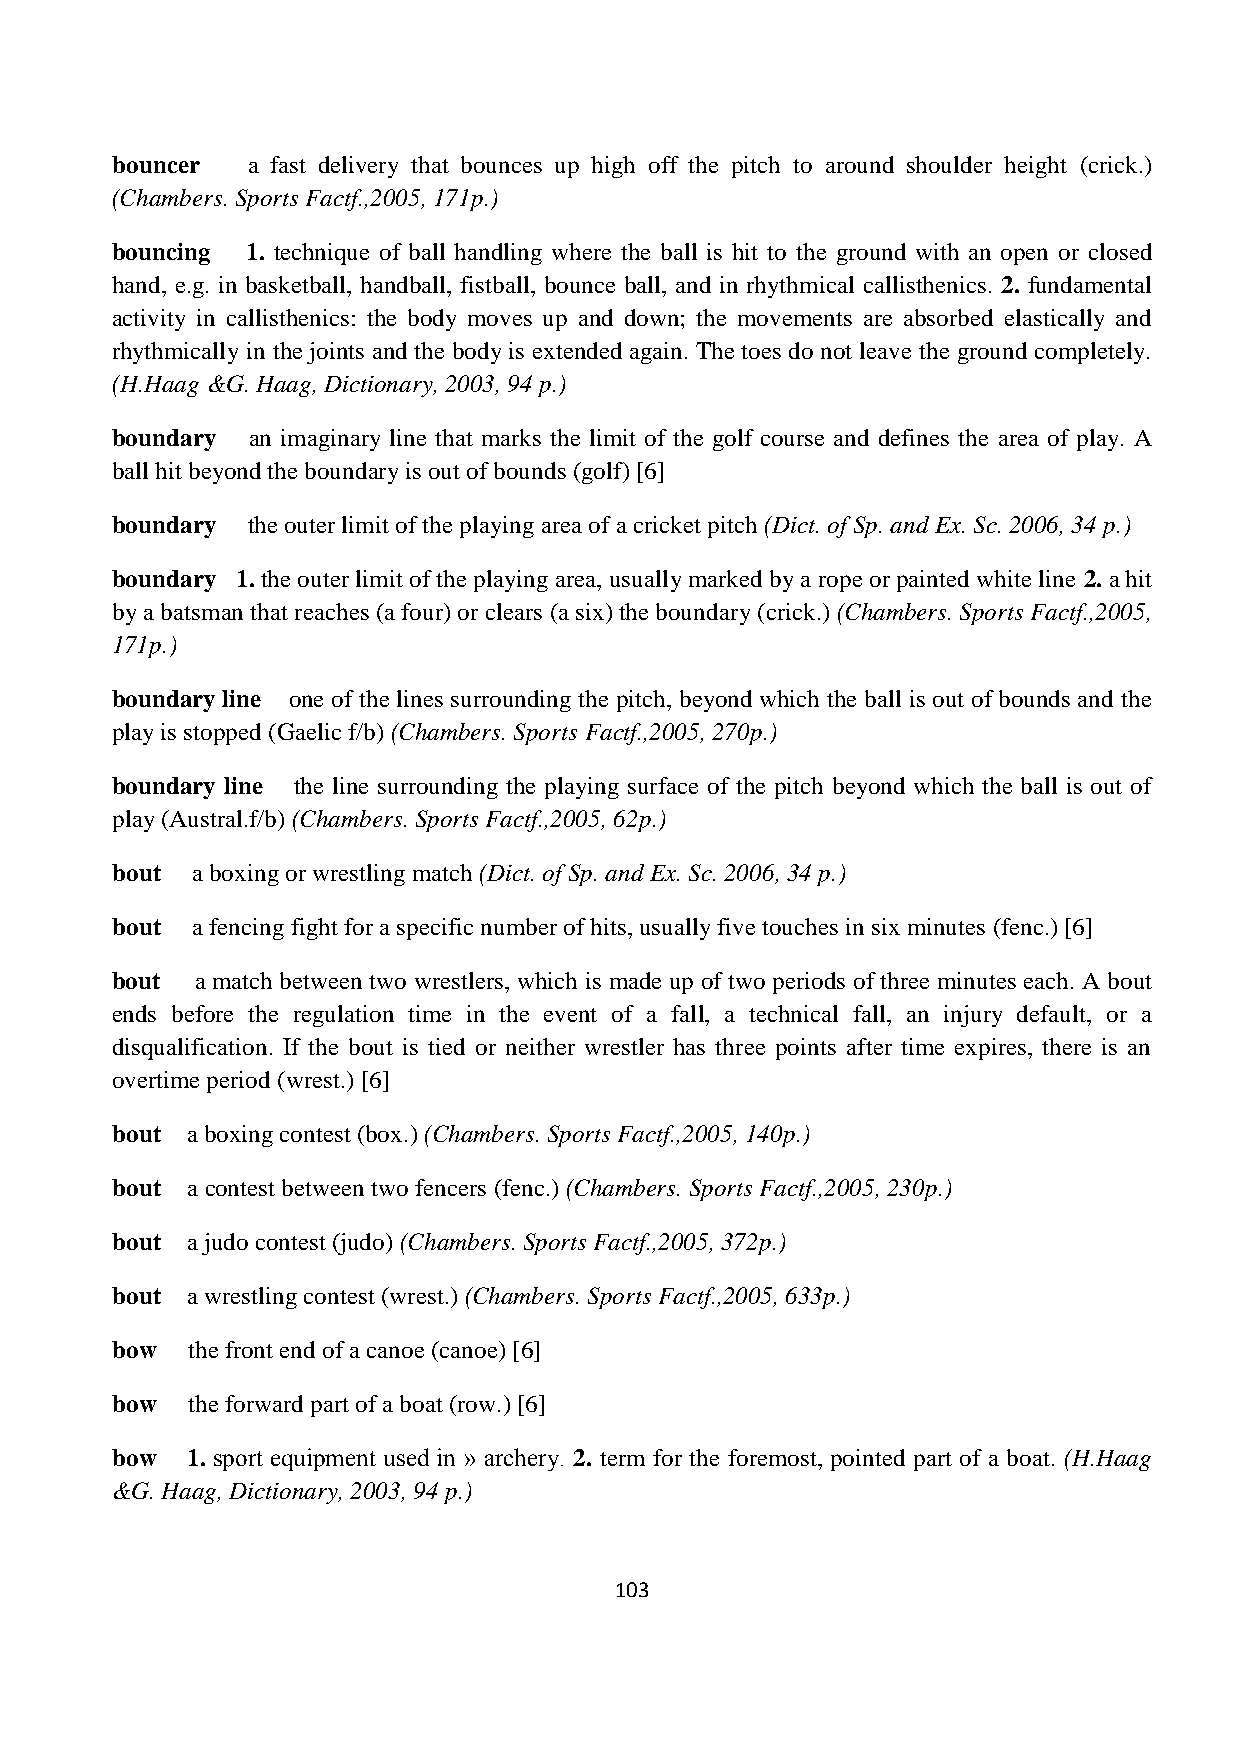
bouncer  a fast delivery that bounces up high off the pitch to around shoulder height (crick.)
 (Chambers. Sports Factf.,2005, 171p.)
 bouncing 1. technique of ball handling where the ball is hit to the ground with an open or closed
 hand, e.g. in basketball, handball, fistball, bounce ball, and in rhythmical callisthenics. 2. fundamental
 activity in callisthenics: the body moves up and down; the movements are absorbed elastically and
 rhythmically in the joints and the body is extended again. The toes do not leave the ground completely.
 (H.Haag &G. Haag, Dictionary, 2003, 94 p.)
 boundary  an imaginary line that marks the limit of the golf course and defines the area of play. A
 ball hit beyond the boundary is out of bounds (golf) [6]
 boundary the outer limit of the playing area of a cricket pitch (Dict. of Sp. and Ex. Sc. 2006, 34 p.)
 boundary 1. the outer limit of the playing area, usually marked by a rope or painted white line 2. a hit
 by a batsman that reaches (a four) or clears (a six) the boundary (crick.) (Chambers. Sports Factf.,2005,
 171p.)
 boundary line one of the lines surrounding the pitch, beyond which the ball is out of bounds and the
 play is stopped (Gaelic f/b) (Chambers. Sports Factf.,2005, 270p.)
 boundary line the line surrounding the playing surface of the pitch beyond which the ball is out of
 play (Austral.f/b) (Chambers. Sports Factf.,2005, 62p.)
 bout  a boxing or wrestling match (Dict. of Sp. and Ex. Sc. 2006, 34 p.)
 bout  a fencing fight for a specific number of hits, usually five touches in six minutes (fenc.) [6]
 bout  a match between two wrestlers, which is made up of two periods of three minutes each. A bout
 ends before the regulation time in the event of a fall, a technical fall, an injury default, or a
 disqualification. If the bout is tied or neither wrestler has three points after time expires, there is an
 overtime period (wrest.) [6]
 bout a boxing contest (box.) (Chambers. Sports Factf.,2005, 140p.)
 bout a contest between two fencers (fenc.) (Chambers. Sports Factf.,2005, 230p.)
 bout a judo contest (judo) (Chambers. Sports Factf.,2005, 372p.)
 bout a wrestling contest (wrest.) (Chambers. Sports Factf.,2005, 633p.)
 bow  the front end of a canoe (canoe) [6]
 bow  the forward part of a boat (row.) [6]
 bow  1. sport equipment used in » archery. 2. term for the foremost, pointed part of a boat. (H.Haag
 &G. Haag, Dictionary, 2003, 94 p.)
 103